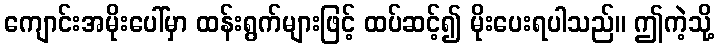
ကျောင်းအမိုးပေါ်မှာ ထန်းရွက်များဖြင့် ထပ်ဆင့်၍ မိုးပေးရပါသည်။ ဤကဲ့သို့